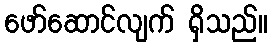
ဖော်ဆောင်လျက် ရှိသည်။